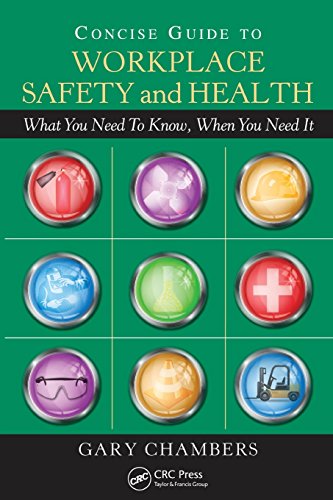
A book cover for Concise Guide to Workplace Safety and Health: What You Need to Know, When You Need It; Gary Chambers; Law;